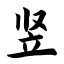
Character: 竖